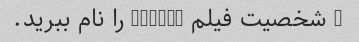
3 شخصیت فیلم Frozen را نام ببرید.